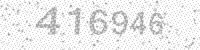
Solution: 416946